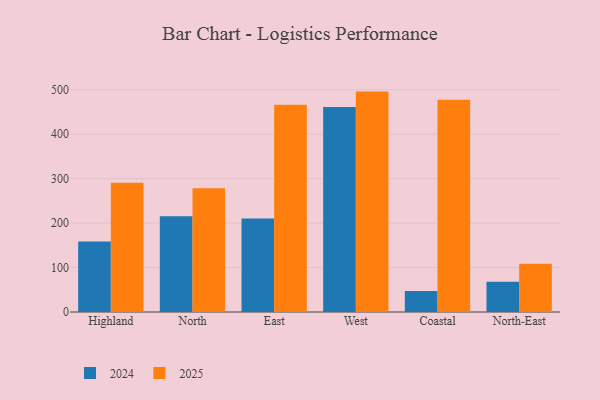
{"axis": {"x": "Region", "y": "Population (Million)"}, "legend": ["2024", "2025"], "data": [{"x": "Highland", "y": 290.7, "type": "2025"}, {"x": "Highland", "y": 158.8, "type": "2024"}, {"x": "North", "y": 278.6, "type": "2025"}, {"x": "North", "y": 215.6, "type": "2024"}, {"x": "East", "y": 466.4, "type": "2025"}, {"x": "East", "y": 210.6, "type": "2024"}, {"x": "West", "y": 495.9, "type": "2025"}, {"x": "West", "y": 461.4, "type": "2024"}, {"x": "Coastal", "y": 477.5, "type": "2025"}, {"x": "Coastal", "y": 47.3, "type": "2024"}, {"x": "North-East", "y": 108.4, "type": "2025"}, {"x": "North-East", "y": 67.9, "type": "2024"}]}